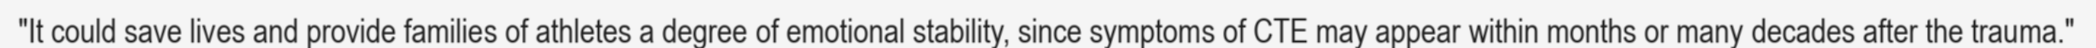
"It could save lives and provide families of athletes a degree of emotional stability, since symptoms of CTE may appear within months or many decades after the trauma."